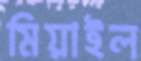
মিয়াইল